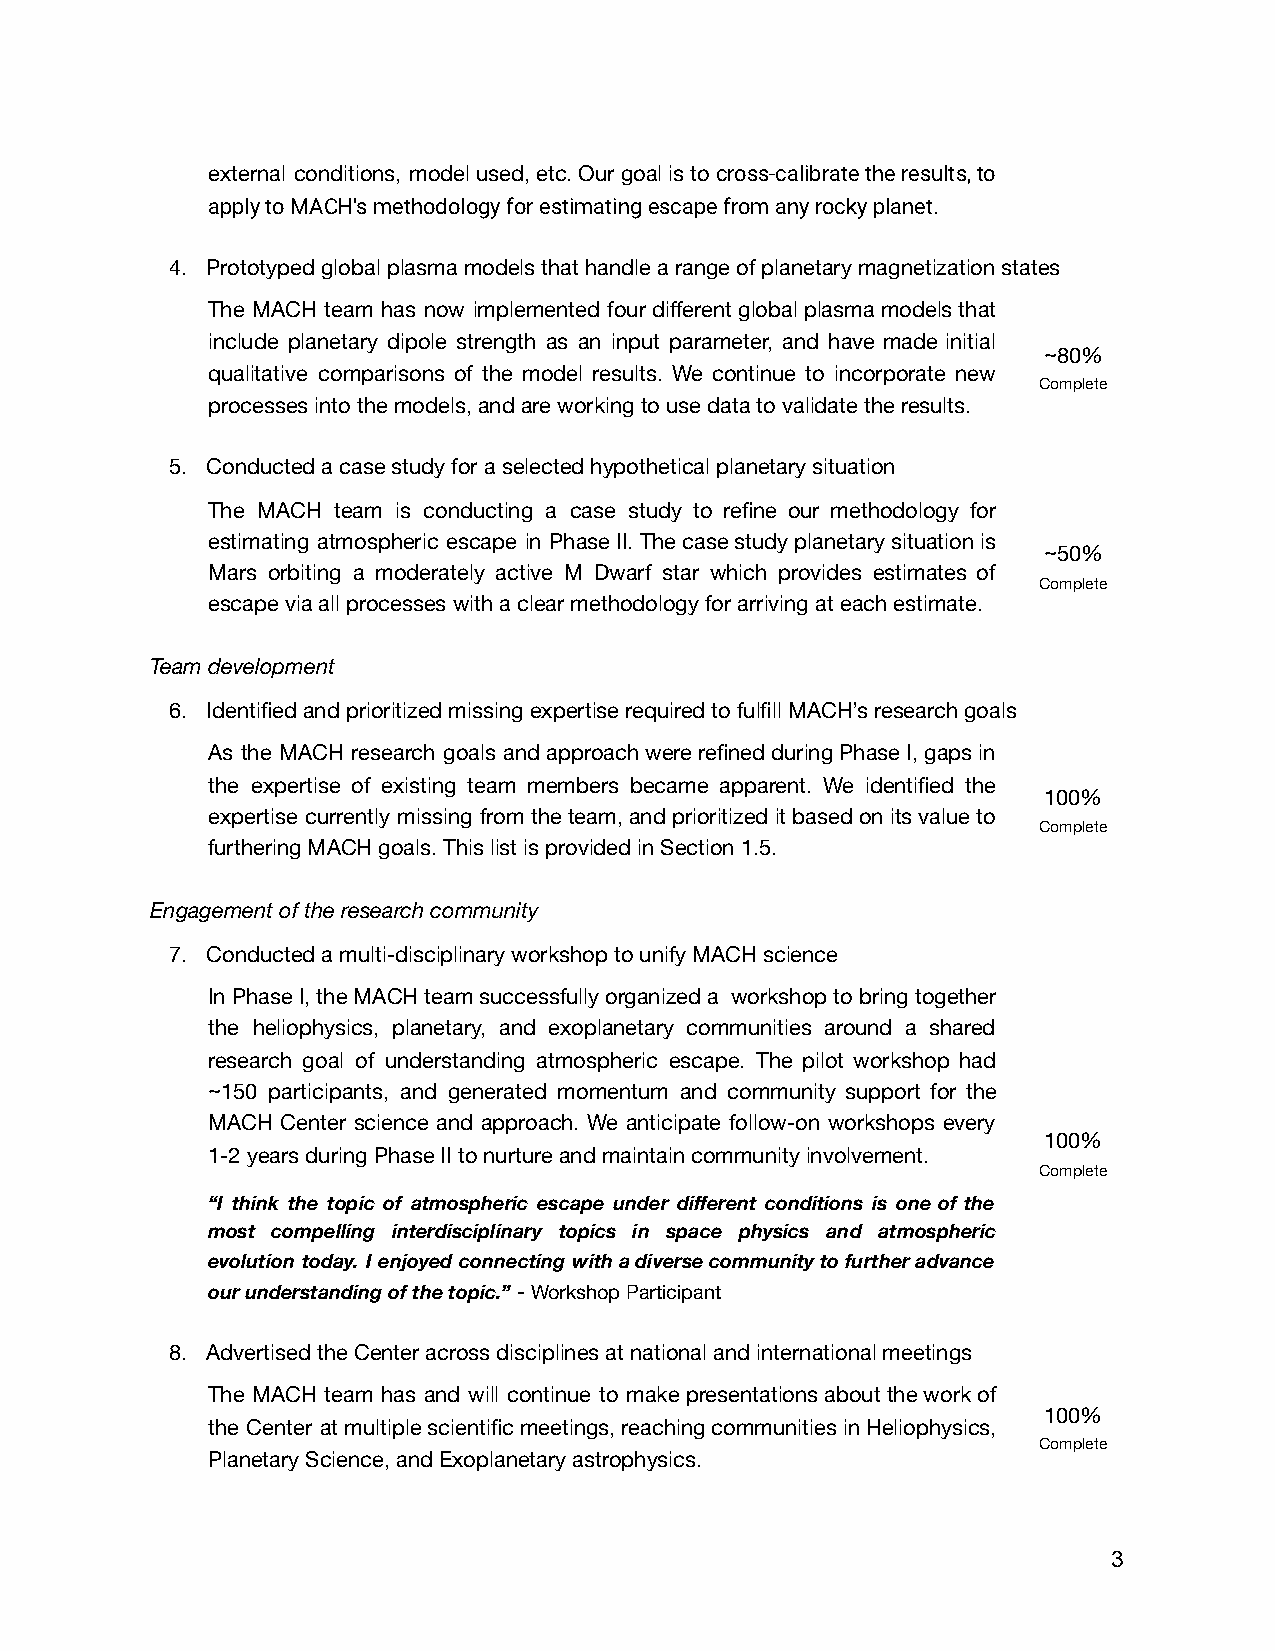
external conditions, model used, etc. Our goal is to cross-calibrate the results, to
 apply to MACH's methodology for estimating escape from any rocky planet.
 4. Prototyped global plasma models that handle a range of planetary magnetization states
 The MACH team has now implemented four different global plasma models that
 include planetary dipole strength as an input parameter, and have made initial
 ~80%
 qualitative comparisons of the model results. We continue to incorporate new
 Complete
 processes into the models, and are working to use data to validate the results.
 5. Conducted a case study for a selected hypothetical planetary situation
 The MACH team is conducting a case study to refine our methodology for
 estimating atmospheric escape in Phase II. The case study planetary situation is
 ~50%
 Mars orbiting a moderately active M Dwarf star which provides estimates of
 Complete
 escape via all processes with a clear methodology for arriving at each estimate.
 Team development
 6. Identified and prioritized missing expertise required to fulfill MACH’s research goals
 As the MACH research goals and approach were refined during Phase I, gaps in
 the expertise of existing team members became apparent. We identified the
 100%
 expertise currently missing from the team, and prioritized it based on its value to
 Complete
 furthering MACH goals. This list is provided in Section 1.5.
 Engagement of the research community
 7. Conducted a multi-disciplinary workshop to unify MACH science
 In Phase I, the MACH team successfully organized a workshop to bring together
 the heliophysics, planetary, and exoplanetary communities around a shared
 research goal of understanding atmospheric escape. The pilot workshop had
 ~150 participants, and generated momentum and community support for the
 MACH Center science and approach. We anticipate follow-on workshops every
 100%
 1-2 years during Phase II to nurture and maintain community involvement.
 Complete
 “I think the topic of atmospheric escape under different conditions is one of the
 most compelling interdisciplinary topics in space physics and atmospheric
 evolution today. I enjoyed connecting with a diverse community to further advance
 our understanding of the topic.” - Workshop Participant
 8. Advertised the Center across disciplines at national and international meetings
 The MACH team has and will continue to make presentations about the work of
 100%
 the Center at multiple scientific meetings, reaching communities in Heliophysics,
 Complete
 Planetary Science, and Exoplanetary astrophysics.
 3